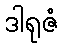
ဒါရုဇံ